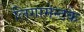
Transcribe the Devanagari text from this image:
लिगामेन्टके